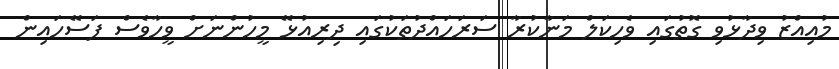
މުއިއްޒު ވިދާޅުވި ގޮތުގައި ވެހިކަލް މަނާކުރާ ސަރަހައްދުތަކުގައި ދިރިއުޅޭ މީހުންނަށް ވީހާވެސް ފަސޭހައިން